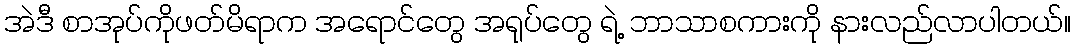
အဲဒီ စာအုပ်ကိုဖတ်မိရာက အရောင်တွေ အရုပ်တွေ ရဲ့ ဘာသာစကားကို နားလည်လာပါတယ်။